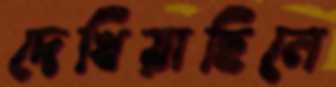
দেখিয়াছিলে